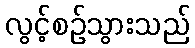
လွင့်စဉ်သွားသည်